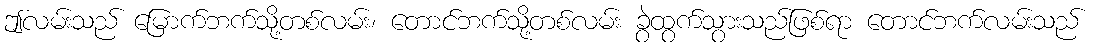
ဤလမ်းသည် မြောက်ဘက်သို့တစ်လမ်း၊ တောင်ဘက်သို့တစ်လမ်း ခွဲထွက်သွားသည်ဖြစ်ရာ တောင်ဘက်လမ်းသည်